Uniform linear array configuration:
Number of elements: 64
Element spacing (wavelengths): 1
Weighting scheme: kaiser
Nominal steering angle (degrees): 60
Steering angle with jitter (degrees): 61.588
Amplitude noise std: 0.05
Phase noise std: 0.05

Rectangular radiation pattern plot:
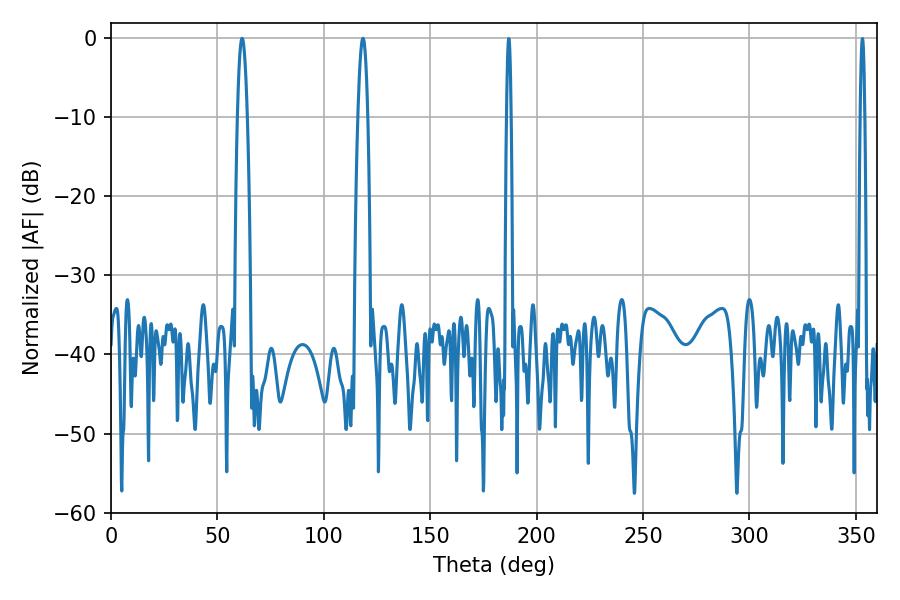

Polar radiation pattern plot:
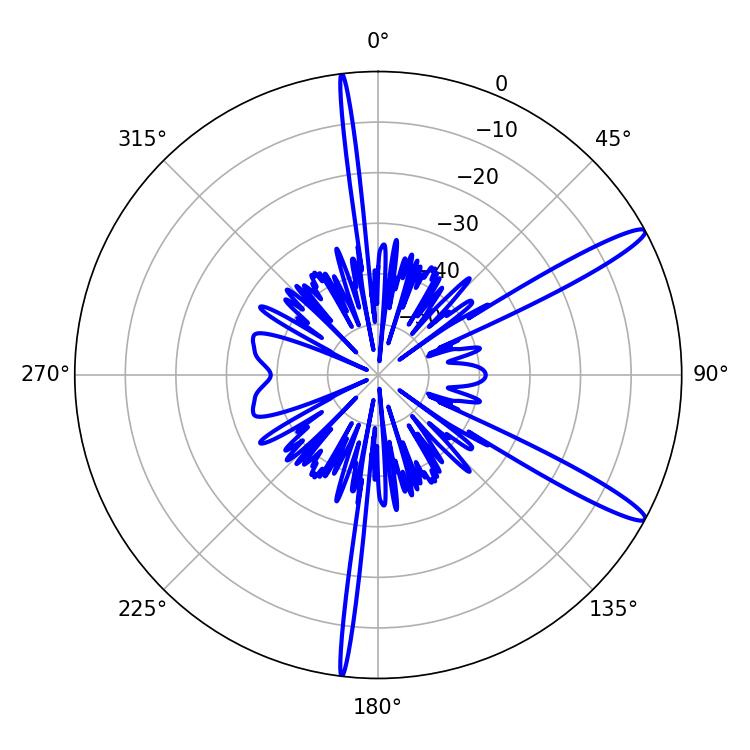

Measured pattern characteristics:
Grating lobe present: TRUE
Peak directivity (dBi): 13.975
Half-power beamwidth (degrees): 2.52
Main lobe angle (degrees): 61.56